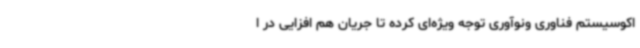
اکوسیستم فناوری ونوآوری توجه ویژه‌ای کرده تا جریان هم افزایی در ا